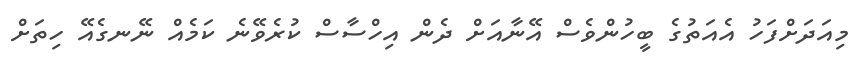
މިއަދަށްފަހު އެއަތުގެ ބީހުންވެސް އޭނާއަށް ދެން އިހްސާސް ކުރެވޭނެ ކަމެއް ނޭނގެއޭ ހިތަށް